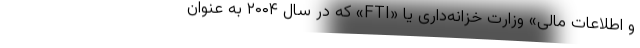
و اطلاعات مالی» وزارت خزانه‌داری یا «FTI» که در سال ۲۰۰۴ به عنوان